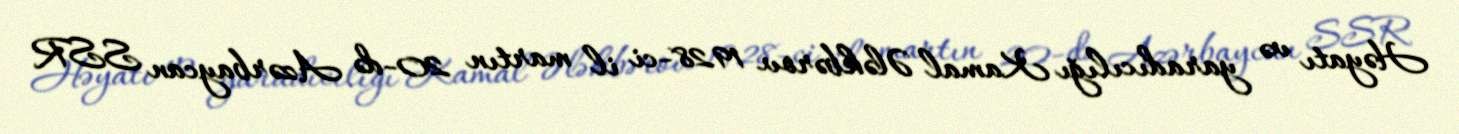
Həyatı və yaradıcılığı Kamal Ələkbərov 1928-ci il martın 20-də Azərbaycan SSR